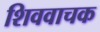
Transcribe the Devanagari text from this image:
शिववाचक